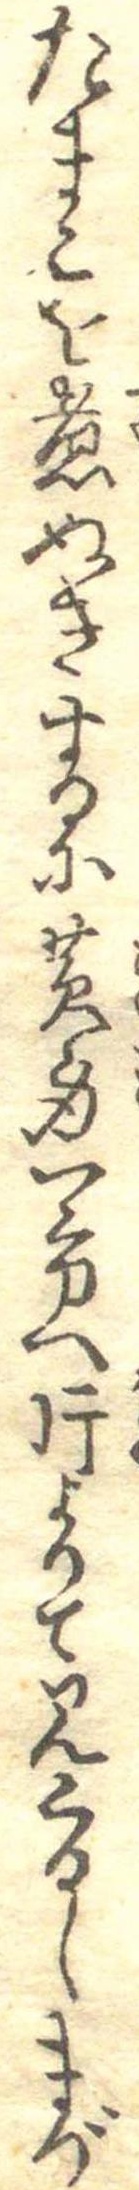
たまこを煮ぬきするに黄身一方に片よりて見くるしまづ